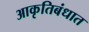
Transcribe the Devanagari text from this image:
आकृतिबंधात